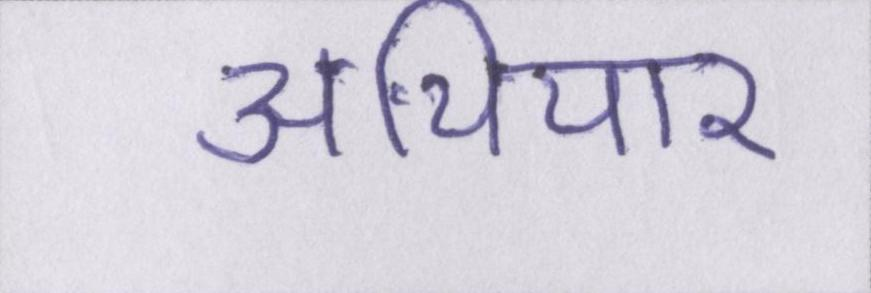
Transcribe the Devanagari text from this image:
अथियार